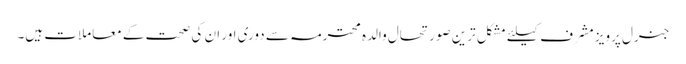
جنرل پرویز مشرف کیلئے مشکل ترین صورتحال والدہ محترمہ سے دوری اور ان کی صحت کے معاملات ہیں۔